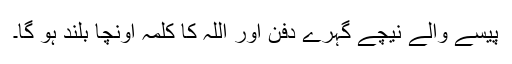
پیسے والے نیچے گہرے دفن اور اللہ کا کلمہ اونچا بلند ہو گا۔